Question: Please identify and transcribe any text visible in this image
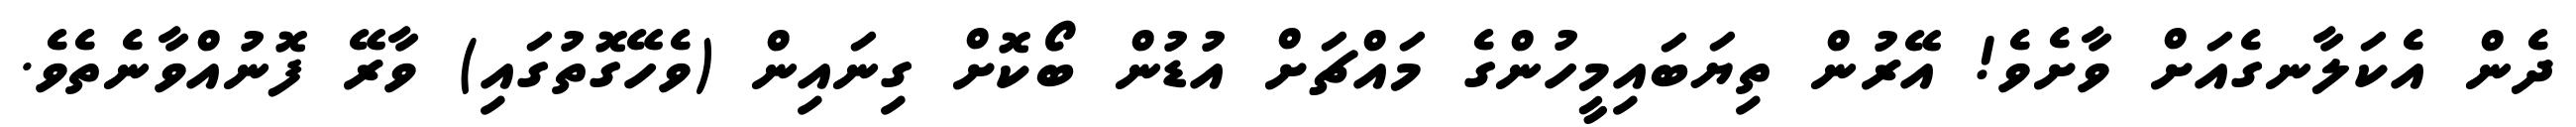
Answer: ދެން އެކަލާނގެއަށް ވާށެވެ! އޭރުން ތިޔަބައިމީހުންގެ މައްޗަށް އުޑުން ބޯކޮށް ގިނައިން (ވެހޭގޮތުގައި) ވާރޭ ފޮނުއްވާނެތެވެ.